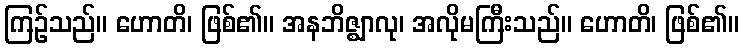
ကြဉ်သည်။ ဟောတိ၊ ဖြစ်၏။ အနဘိဇ္ဈာလု၊ အလိုမကြီးသည်။ ဟောတိ၊ ဖြစ်၏။